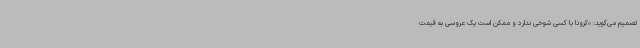
تصمیم می‌گوید: «کرونا با کسی شوخی ندارد و ممکن است یک عروسی به قیمت